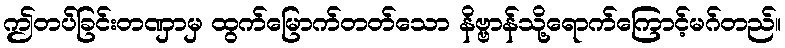
ဤတပ်ခြင်းတဏှာမှ ထွက်မြောက်တတ်သော နိဗ္ဗာန်သို့ရောက်ကြောင့်မဂ်တည်။